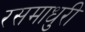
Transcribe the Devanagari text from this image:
रसमाधुरी